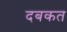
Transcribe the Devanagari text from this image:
दबकत